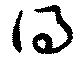
得